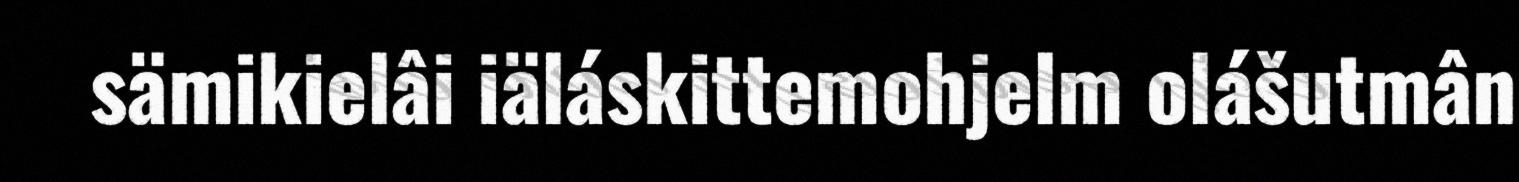
sämikielâi iäláskittemohjelm olášutmân